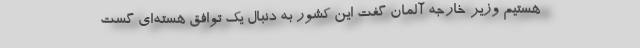
هستیم وزیر خارجه آلمان گفت این کشور به دنبال یک توافق هسته‌ای گست